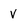
Character: V